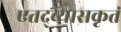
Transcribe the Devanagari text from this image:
एतद्व्यासकृतं